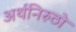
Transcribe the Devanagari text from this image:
अर्थनिरुठो